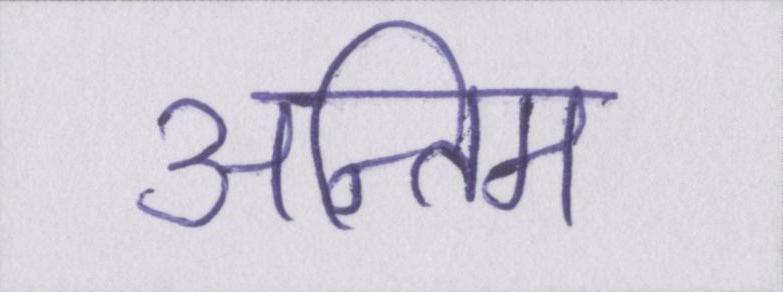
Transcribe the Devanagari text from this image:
अन्तिम